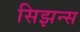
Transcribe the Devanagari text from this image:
सिझन्स